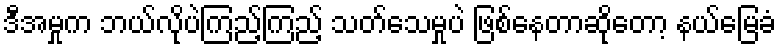
ဒီအမှုက ဘယ်လိုပဲကြည့်ကြည့် သတ်သေမှုပဲ ဖြစ်နေတာဆိုတော့ နယ်မြေခံ